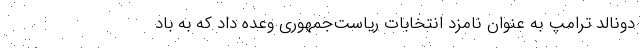
دونالد ترامپ به عنوان نامزد انتخابات ریاست‌جمهوری وعده داد که به باد